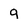
Character: q